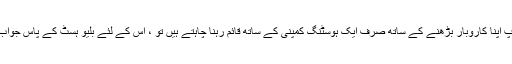
اگر آپ اپنا کاروبار بڑھنے کے ساتھ صرف ایک ہوسٹنگ کمپنی کے ساتھ قائم رہنا چاہتے ہیں تو ، اس کے لئے بلیو ہسٹ کے پاس جواب ہے۔